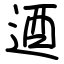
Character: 逎